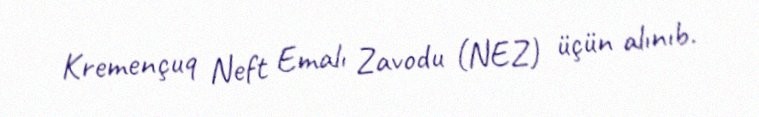
Kremençuq Neft Emalı Zavodu (NEZ) üçün alınıb.